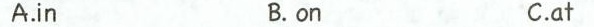
A.in B.on C.at